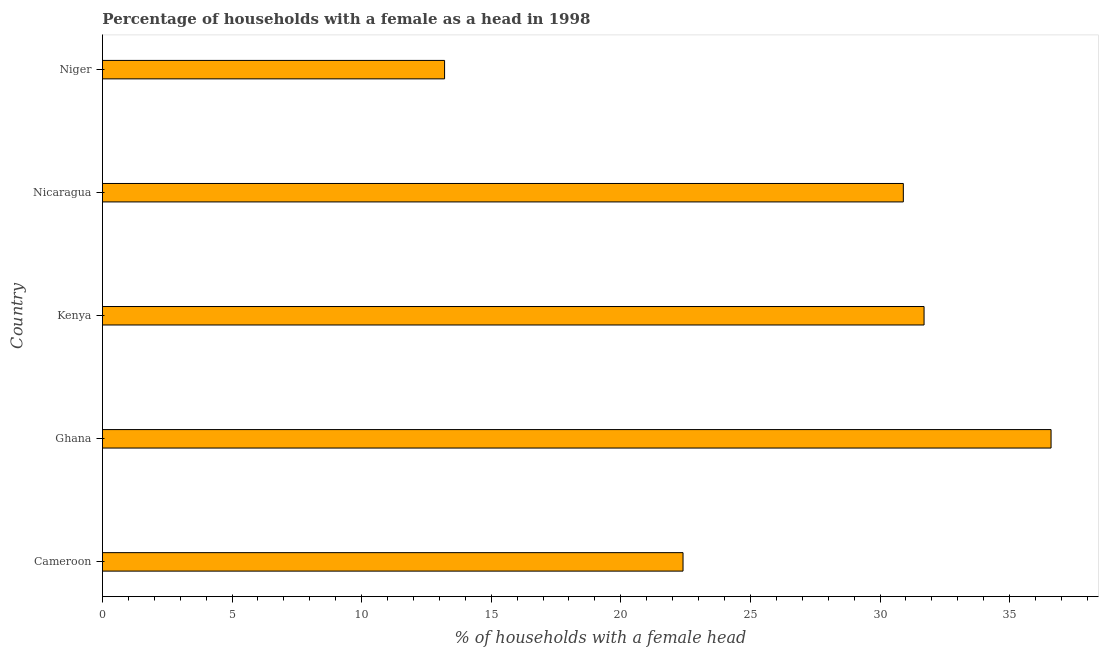
| Country | Female headed households |
 | --- | --- |
 | Cameroon | 22.4 |
 | Ghana | 36.6 |
 | Kenya | 31.7 |
 | Nicaragua | 30.9 |
 | Niger | 13.2 |